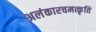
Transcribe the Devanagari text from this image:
अलंकारचमत्कृति